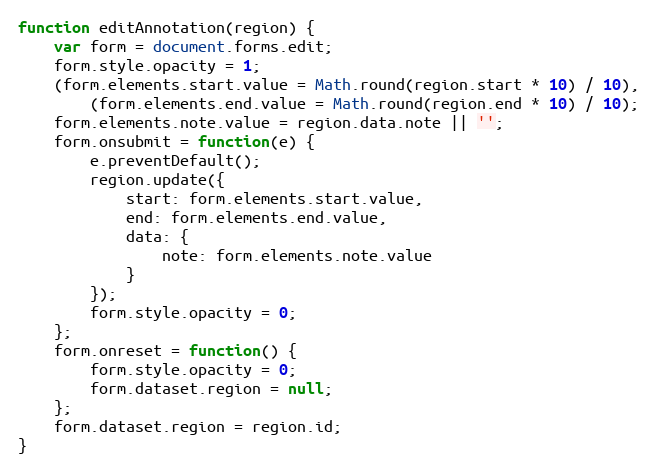
Language: JavaScript
function editAnnotation(region) {
    var form = document.forms.edit;
    form.style.opacity = 1;
    (form.elements.start.value = Math.round(region.start * 10) / 10),
        (form.elements.end.value = Math.round(region.end * 10) / 10);
    form.elements.note.value = region.data.note || '';
    form.onsubmit = function(e) {
        e.preventDefault();
        region.update({
            start: form.elements.start.value,
            end: form.elements.end.value,
            data: {
                note: form.elements.note.value
            }
        });
        form.style.opacity = 0;
    };
    form.onreset = function() {
        form.style.opacity = 0;
        form.dataset.region = null;
    };
    form.dataset.region = region.id;
}